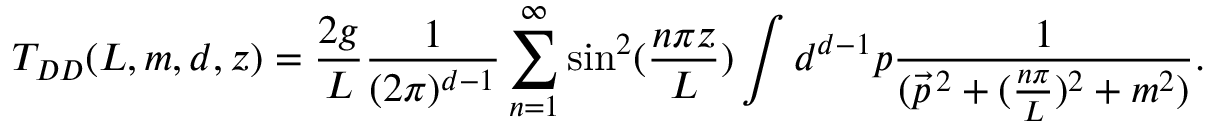
T _ { D D } ( L , m , d , z ) = \frac { 2 g } { L } \frac { 1 } { ( 2 \pi ) ^ { d - 1 } } \sum _ { n = 1 } ^ { \infty } \sin ^ { 2 } ( \frac { n \pi z } { L } ) \int d ^ { d - 1 } p \frac { 1 } { ( \vec { p } ^ { \, 2 } + ( \frac { n \pi } { L } ) ^ { 2 } + m ^ { 2 } ) } .